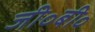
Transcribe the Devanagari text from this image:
जी॰बी॰